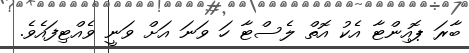
ބާރަ ޕޮއިންޓާ އެކު އޮތް ލެސްޓާ ހަ ވަނަ އަށް ވަނީ ވެއްޓިފައެވެ.